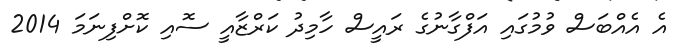
އެ އެއްބަސް ވުމުގައި އަފްގާނުގެ ރައީސް ހާމިދު ކަރްޒާއީ ސޮއި ކޮށްފިނަމަ 2014